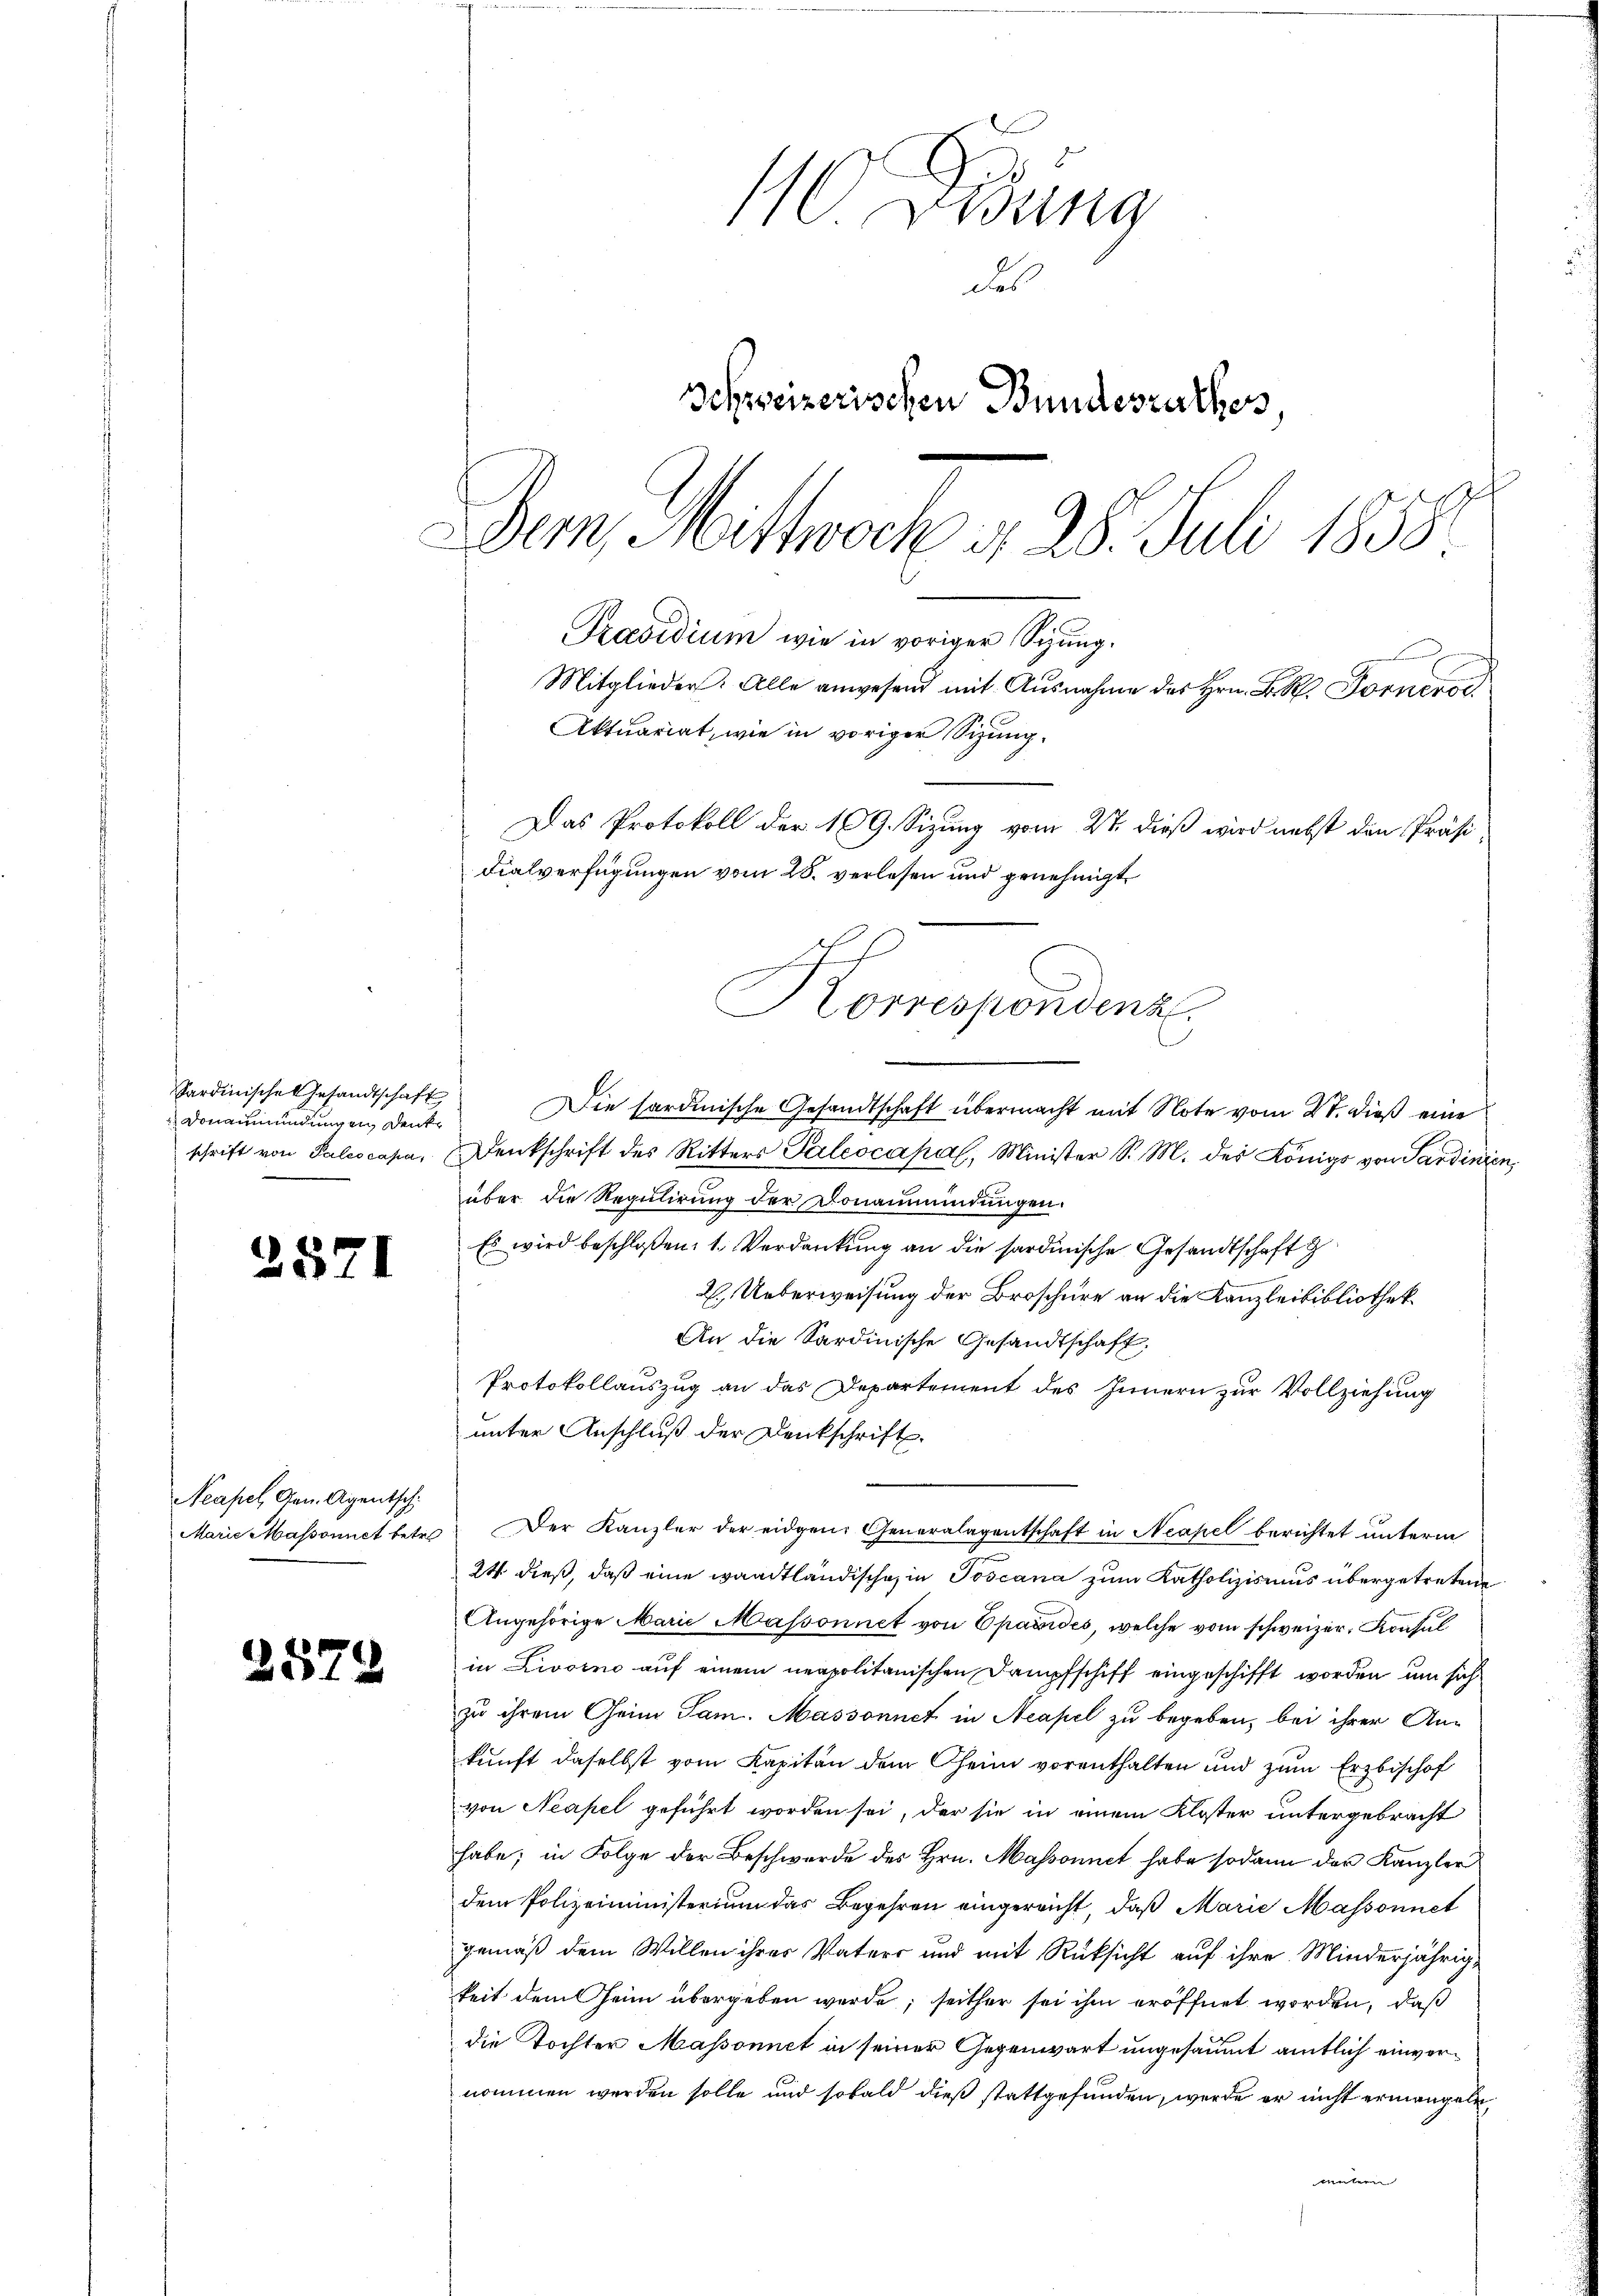
Sardinische Gesandtschaft
Donaumündungen Denke
schrift von Paleocasa,

2571

Neapel Gen. Agentschi
Marie Massonnet betre

2574

110 Dedung
des
Schweizerischen Bundesrathes,
Der, Mittwoch d. 28. Juli 1858.
Präsidium wie in voriger Sigung.
Mitglieder. Alle anwesend mit Ausnahme des Hrn. F. R. Fornerse
Aktuariat, wie in voriger Sizung¬
Das Protokoll der 109. Sizung vom 27. dieß wird nebst den Präsi
dialverfügungen vom 28. verlesen und genehmigt

f
Korrespondenz.

Die sardinische Gesandtschaft übermacht mit Note vom 27. dieß eine
Denkschrift des Ritters Paleocapal, Minister S. M. der Königs von Sardinien
über die Regulirung der Donaumündungen.
Es wird beschloßen: 1. Verdankung an die sardinische Gesandtschaft g
2. Ueberweisung der Broschüre an die Kanzleibibliothek
An die Sardinische Gesandtschaft,
Protokollauszug an das Departement des Innern zur Vollziehung
unter Anschluß der Denkschrift
Der Kanzler der eidgen. Generalagentschaft in Neapel berichtet unterm
24 dieß, daß eine waadtländische in Toscana zum Katholizismus übergetretene
Angehörige Marie Massonnet von Epavides, welche vom schweizer. Konsul
in Livorno auf einem neapolitanischen Dampfschiff eingeschifft worden, um sich
zu ihrem Geim Sam. Massonnet in Neapel zu begeben, bei ihrer An-
kunft daselbst vom Kapitän dem Oheim vorenthalten und zum Erzbischof
von Neapel geführt worden sei, der sie in einem Kloster untergebracht
habe; in Folge der Beschwerde des Hrn. Massonnet habe sodann der Kanzler
dem Polizeiministerium das Begehren eingereicht, daß Marie Massonnet
gemäß dem Willen ihrer Vaters und mit Rücksicht auf ihre Minderjährig,
keit dem Heim übergeben werde; seither sei ihm eröffnet worden, daß
die Tochter Massonnet in seiner Gegenwart ungesäumt amtlich einvernommen werden solle und sobald dieß stattgefunden, werde er nicht ermangeln,
wintern